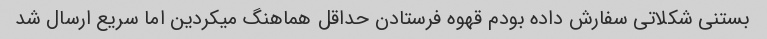
بستنی شکلاتی سفارش داده بودم قهوه فرستادن حداقل هماهنگ میکردین اما سریع ارسال شد